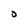
Character: o